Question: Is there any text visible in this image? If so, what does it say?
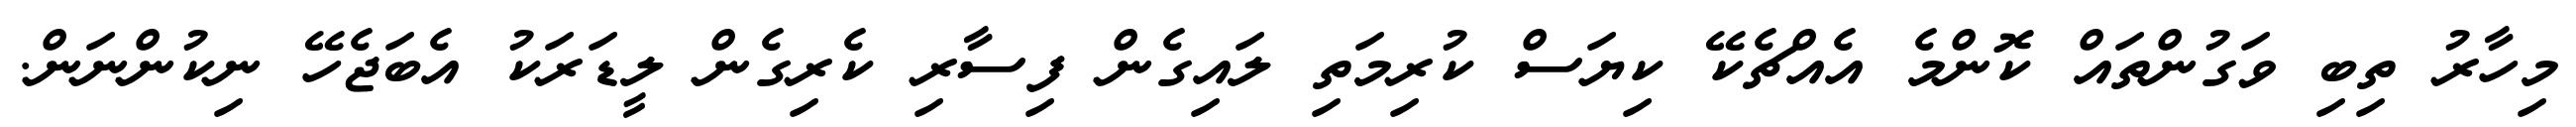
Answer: މިހާރު ތިބި ވަގުންތައް ކޮންމެ އެއްޗެކޭ ކިޔަސް ކުރިމަތި ލައިގެން ފިސާރި ކެރިގެން ލީޑަރަކު އެބަޖެހޭ ނިކުންނަން.